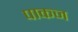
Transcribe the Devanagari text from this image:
पाकज